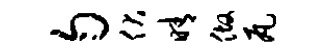
匀伏晴做瓦